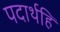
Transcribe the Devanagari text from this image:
पदार्थहि